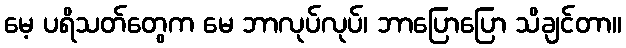
မေ့ ပရိသတ်တွေက မေ ဘာလုပ်လုပ်၊ ဘာပြောပြော သိချင်တာ။